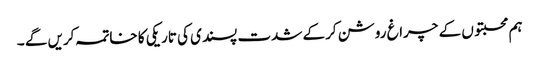
ہم محبتوں کے چراغ روشن کرکے شدت پسندی کی تاریکی کا خاتمہ کریں گے ۔